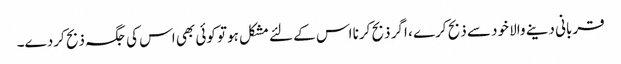
قربانی دینے والا خود سے ذبح کرے ، اگر ذبح کرنا اس کے لئے مشکل ہوتو کوئی بھی اس کی جگہ ذبح کردے۔